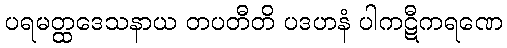
ပရမတ္ထဒေသနာယ တပတီတိ ပဒဟနံ ပါကဋီကရဏေ